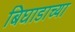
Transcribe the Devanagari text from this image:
बिघाडाच्या